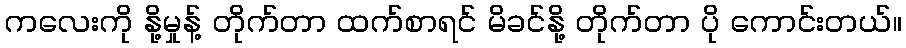
ကလေးကို နို့မှုန့် တိုက်တာ ထက်စာရင် မိခင်နို့ တိုက်တာ ပို ကောင်းတယ်။